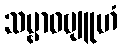
သမ္ဗာဓဗျူဟံ